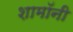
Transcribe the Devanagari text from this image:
शामॉनी